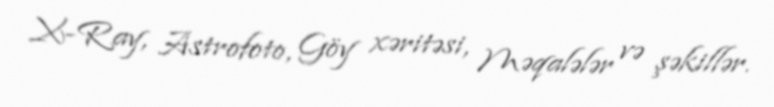
X-Ray, Astrofoto, Göy xəritəsi, Məqalələr və şəkillər.